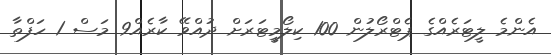
އެންމެ ލީޓަރެއްގެ ޕެޓްރޯލުން 100 ކިލޯމީޓަރަށް ދުއްވޭ ކާރެއް9 މަސް 1 ހަފްތާ